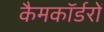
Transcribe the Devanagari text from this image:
कैमकॉर्डरों